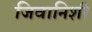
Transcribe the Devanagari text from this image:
जिवानिशी